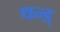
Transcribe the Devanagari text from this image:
थन्ड्